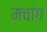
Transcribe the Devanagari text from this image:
मचांग